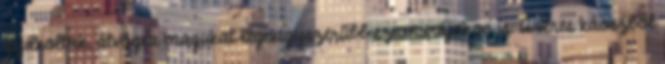
gyilkoltak, átvágva magukat legnagyszerűbb szamurájokon is. A véres káoszból